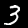
Label: 3